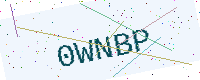
Text: 0WNBP